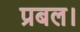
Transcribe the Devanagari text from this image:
प्रबल।